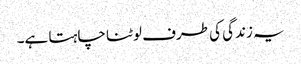
یہ زندگی کی طرف لوٹنا چاہتا ہے۔